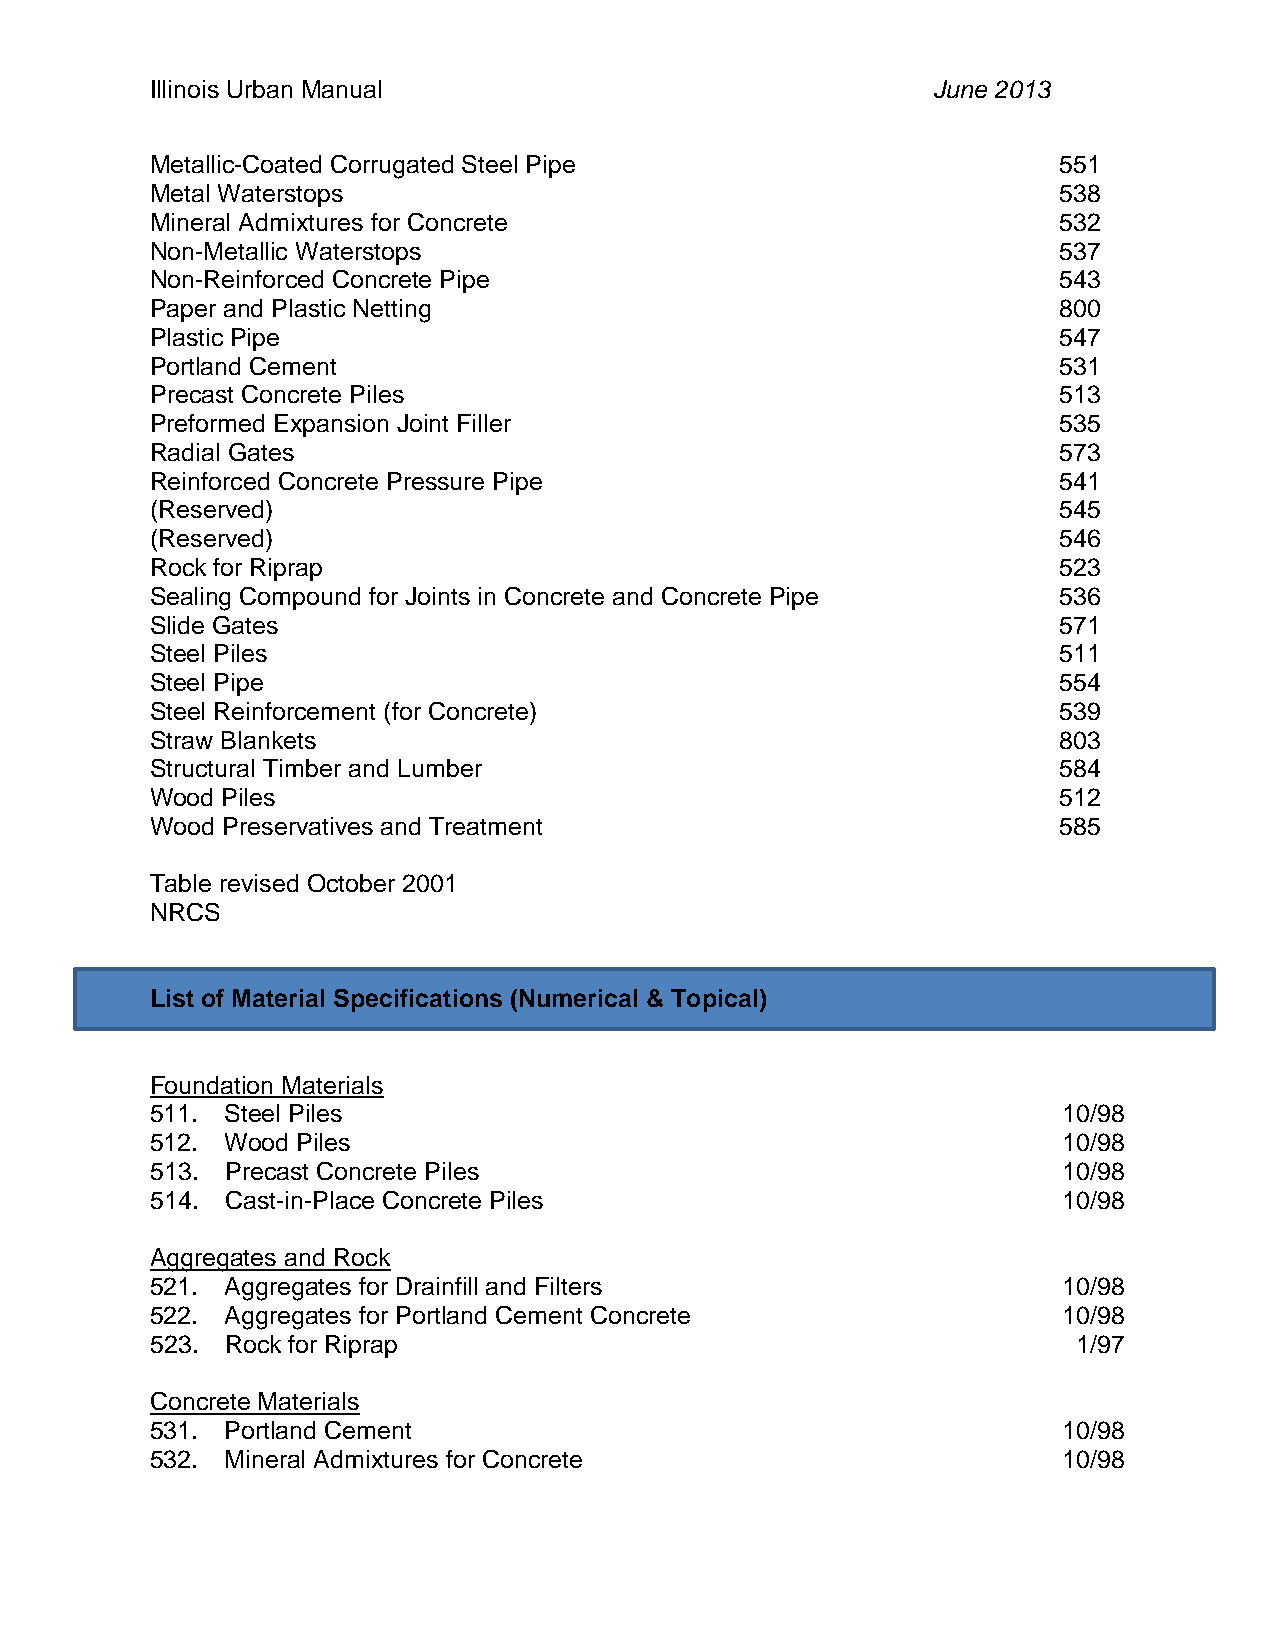
Illinois Urban Manual                               June 2013
 Metallic-Coated Corrugated Steel Pipe                       551
 Metal Waterstops                                            538
 Mineral Admixtures for Concrete                             532
 Non-Metallic Waterstops                                     537
 Non-Reinforced Concrete Pipe                                543
 Paper and Plastic Netting                                   800
 Plastic Pipe                                                547
 Portland Cement                                             531
 Precast Concrete Piles                                      513
 Preformed Expansion Joint Filler                            535
 Radial Gates                                                573
 Reinforced Concrete Pressure Pipe                           541
 (Reserved)                                                  545
 (Reserved)                                                  546
 Rock for Riprap                                             523
 Sealing Compound for Joints in Concrete and Concrete Pipe   536
 Slide Gates                                                 571
 Steel Piles                                                 511
 Steel Pipe                                                  554
 Steel Reinforcement (for Concrete)                          539
 Straw Blankets                                              803
 Structural Timber and Lumber                                584
 Wood Piles                                                  512
 Wood Preservatives and Treatment                            585
 Table revised October 2001
 NRCS
 List of Material Specifications (Numerical & Topical)
 Foundation Materials
 511. Steel Piles                                            10/98
 512. Wood Piles                                             10/98
 513. Precast Concrete Piles                                 10/98
 514. Cast-in-Place Concrete Piles                           10/98
 Aggregates and Rock
 521. Aggregates for Drainfill and Filters                   10/98
 522. Aggregates for Portland Cement Concrete                10/98
 523. Rock for Riprap                                         1/97
 Concrete Materials
 531. Portland Cement                                        10/98
 532. Mineral Admixtures for Concrete                        10/98